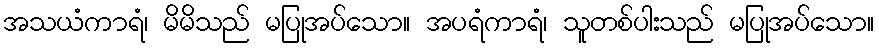
အသယံကာရံ၊ မိမိသည် မပြုအပ်သော။ အပရံကာရံ၊ သူတစ်ပါးသည် မပြုအပ်သော။